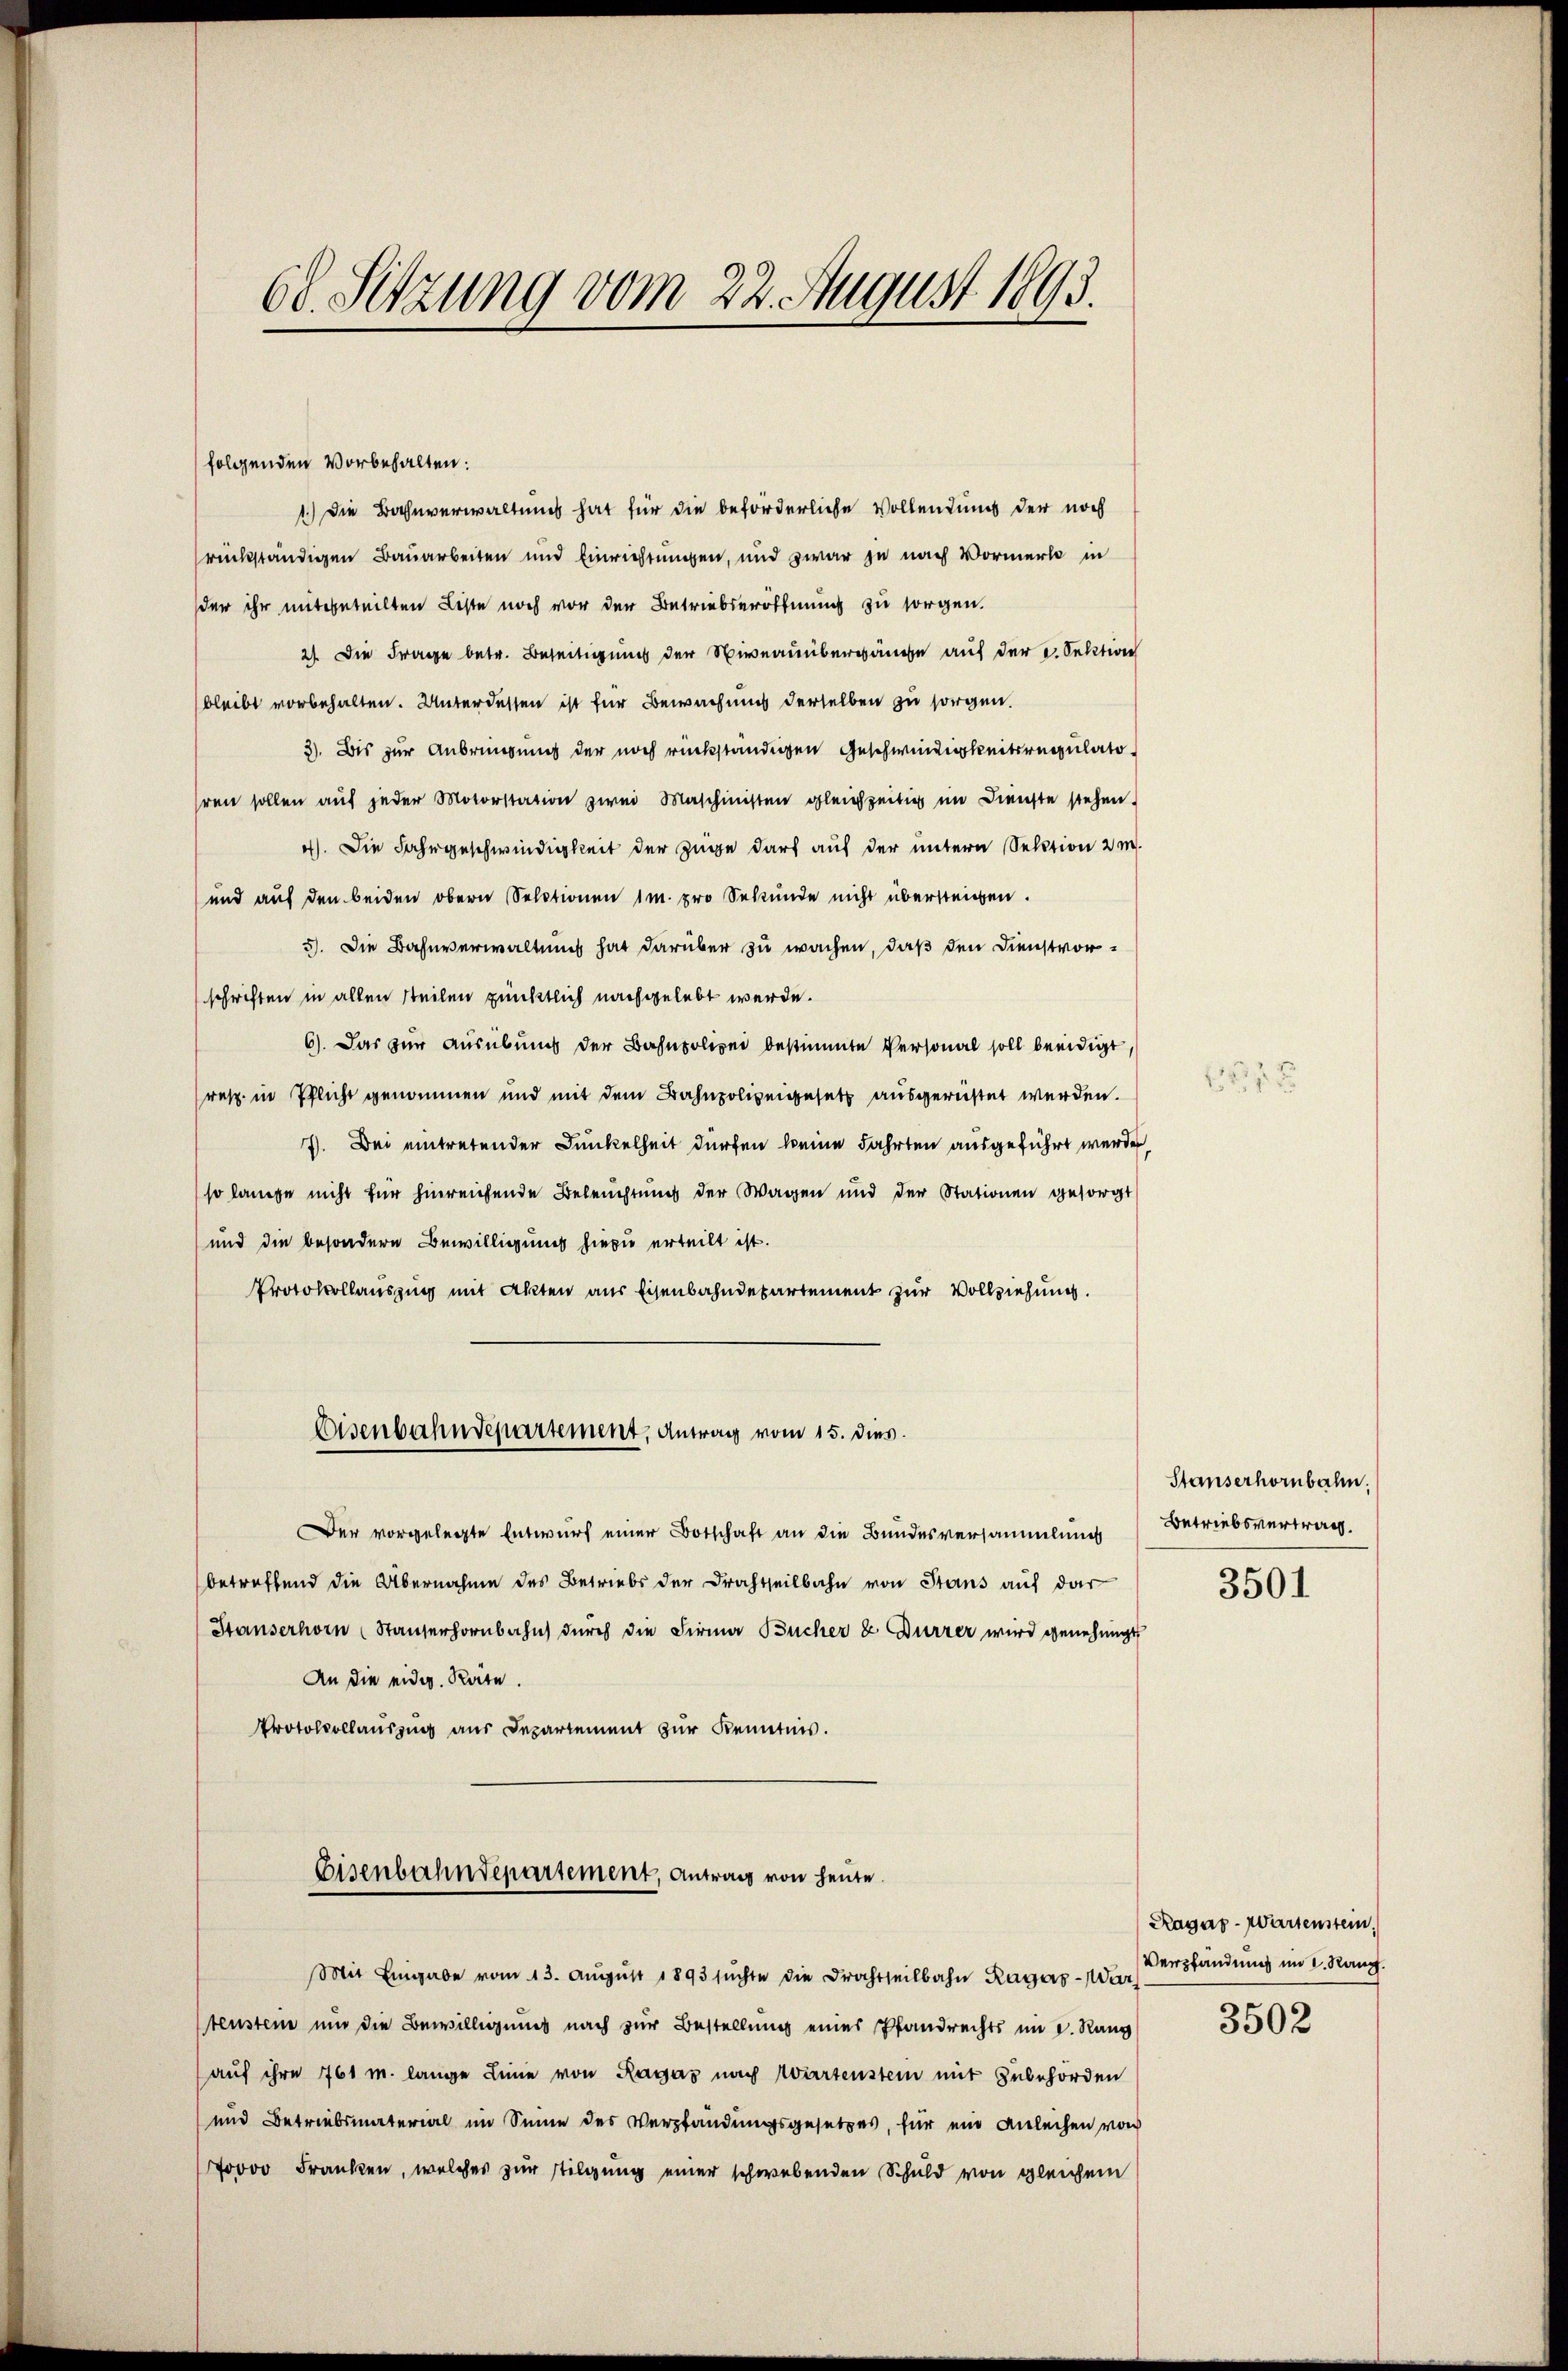
68. Sitzung vom 22. August 1893.

folgenden Vorbehalten:
1.) Die Bahnverwaltung hat für die beförderliche Vollendung der noch
rückständigen Bauarbeiten und Einrichtungen, und zwar je nach Vormerk in
der ihr mitgeteilten Liste noch vor der Betriebseröffnung zu sorgen.
21 die Frage betr. Beseitigung der Niveauübergänge auf der 2. Sektion
bleibt vorbehalten. Unter dessen ist für Bewachung derselben zu sorgen.
3). Bis zur Anbringung der noch rückständigen Geschwindigkeitsregulatohren sollen aŭf jeder Motorstation zwei Maschinisten gleichzeitig im Dienste stehen.
4). Die Fahngeschwindigkeit der Züge darf auf der untern Sektion 2 m
und auf den beiden obern Sectionen 1m pro Sekunde nicht übersteigen.
5). Die Bahnverwaltung hat darüber zu wachen, daß den Dienstvorschriften in allen steilen pünktlich nachgelebt werde.
6). Das zur Ausübung der Bahnpolizei bestimmte Personal soll beeidigt
resp. in Pflicht genommen und mit dem Bahnpolizeigesetz ausgerüstet werden.
7. Bei eintretender Dunkelheit dürfen keine Fahrten ausgeführt werden
so lange nicht für hinreichende Beleuchtung der Wagen und der Stationen gesorgt
und die besondere Bewilligung hiezu erteilt ist.
Protokollauszug mit Akten aus Eisenbahndepartement zur Vollziehung.
Eisenbahndepartement, Antrag vom 15. dies.
Der vorgelegte Entwurf einer Botschaft an die Bundesversammlung Betriebsvertrag.
betreffend die Übernahme des Betriebs der Drachtheilbahn von Stans auf dar
Stauserhörn (Stauserhornbahn durch die Firma Bucher & Dürzer wird genehmigt
An die eidg. Räte.
Protocollauszug aus Departement zur Kenntnis.
Eisenbahndepartement, Antrag von heute.
Mit Eingabe vom 13. Aŭgŭst 1893 sŭchte die Drahtheilbahn Ragers von Verpfändung im I. Rauch.
tenstein und die Bewilligung nach zur Bestellung eines Pfandrechts in d. Rang
aŭf ihre 761 m. lange Linie von Ragaz nach Wartenstein mit Zubehörden
und Betriebsmaterial im Sinne des Verpfändungsgesetzes, für ein Anleihen von
0000 Franken, welches zur stilgung einer schwebenden Schuld von gleichem

Stauserhörnbahn.

3501

Ragar-Wartenstein.
3502